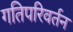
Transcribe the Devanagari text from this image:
गतिपरिवर्तन